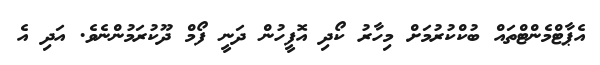
އެޕާޓްމެންޓްތައް ބުކްކުރުމަށް މިހާރު ކޯދި އޮފީހުން ދަނީ ފޯމް ދޫކުރަމުންނެވެ. އަދި އެ